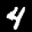
Label: 4